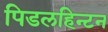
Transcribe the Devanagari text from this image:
पिडलहिन्टन